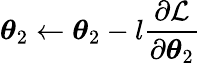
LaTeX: \boldsymbol{\theta}_{2}\gets\boldsymbol{\theta}_{2}-l\frac{\partial\mathcal{L}}{\partial\boldsymbol{\theta}_{2}}